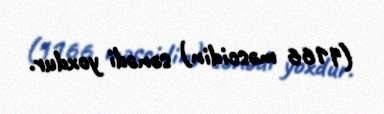
(1166 məscidin) sənədi yoxdur.